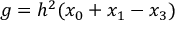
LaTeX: g = h ^ { 2 } ( x _ { 0 } + x _ { 1 } - x _ { 3 } )